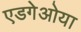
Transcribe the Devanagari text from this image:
एडगेओया